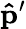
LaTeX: \mathbf{\hat{p}}^{\prime}